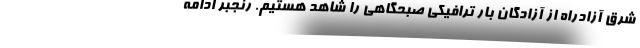
شرق آزادراه از آزادگان بار ترافیکی صبحگاهی را شاهد هستیم. رنجبر ادامه